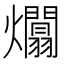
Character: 𤒻